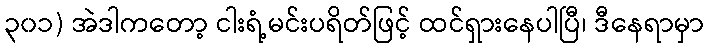
၃၀၁) အဲဒါကတော့ ငါးရံ့မင်းပရိတ်ဖြင့် ထင်ရှားနေပါပြီ၊ ဒီနေရာမှာ